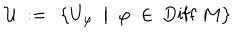
{ \mathcal U } \ : = \ \left\{ U _ { \varphi } \ \bigm | \ \varphi \; \in \; \mathrm { D i f f } \ M \right\}